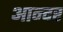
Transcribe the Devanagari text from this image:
आन्दर